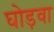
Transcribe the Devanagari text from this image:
घोड़वा